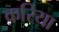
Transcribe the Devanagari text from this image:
क़रिया